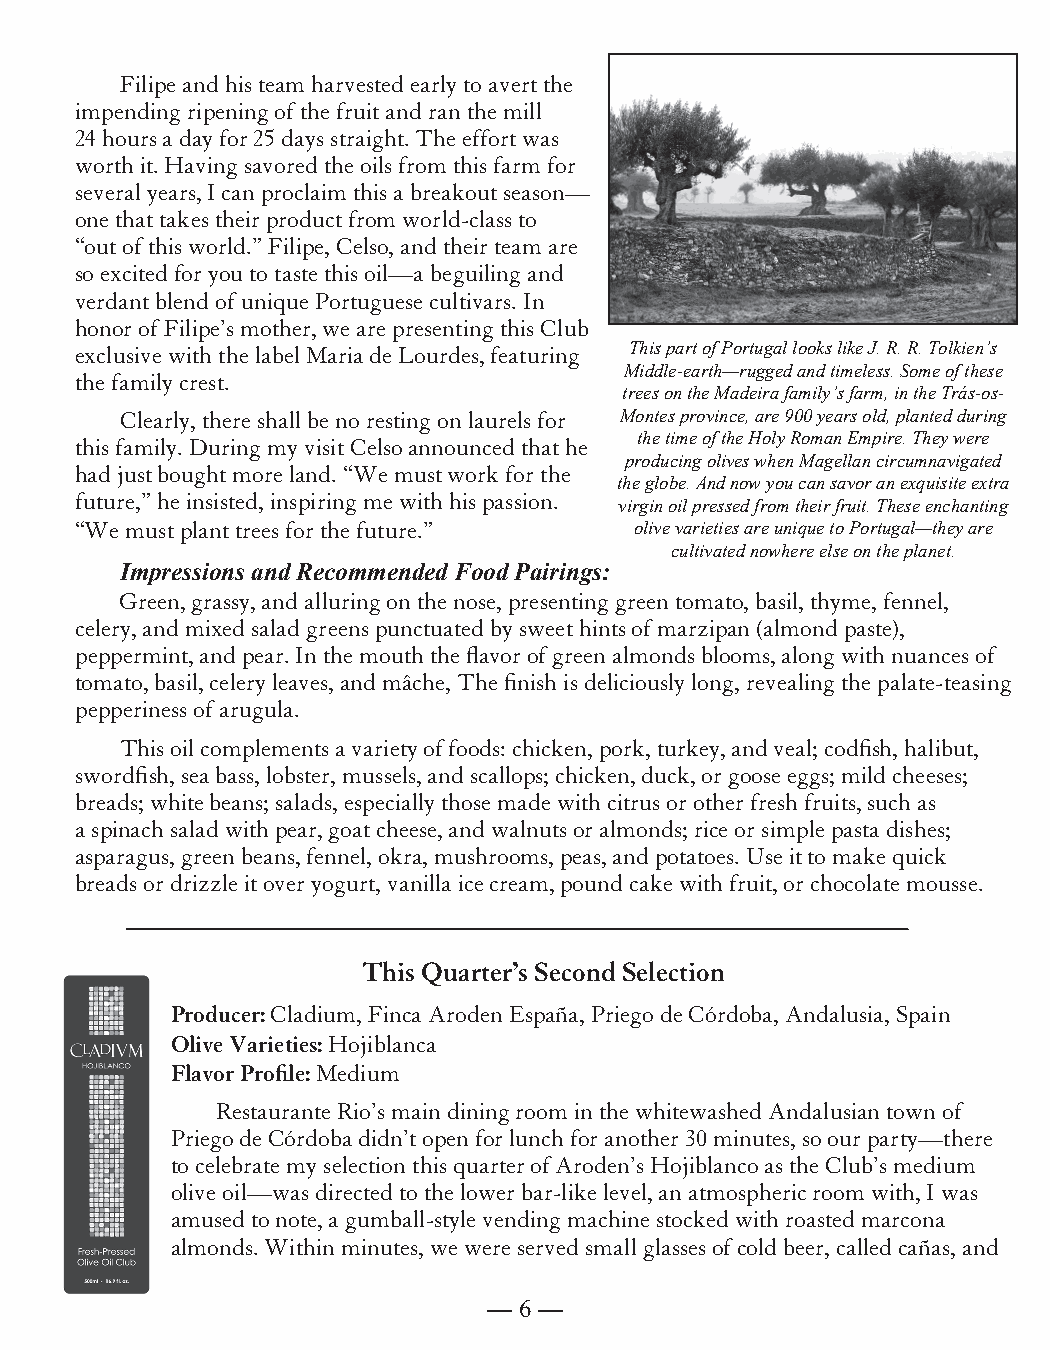
Filipe and his team harvested early to avert the
 impending ripening of the fruit and ran the mill
 24 hours a day for 25 days straight. The effort was
 worth it. Having savored the oils from this farm for
 several years, I can proclaim this a breakout season—
 one that takes their product from world-class to
 “out of this world.” Filipe, Celso, and their team are
 so excited for you to taste this oil—a beguiling and
 verdant blend of unique Portuguese cultivars. In
 honor of Filipe’s mother, we are presenting this Club
 exclusive with the label Maria de Lourdes, featuring This part of Portugal looks like J. R. R. Tolkien’s
 Middle-earth—rugged and timeless. Some of these
 the family crest.
 trees on the Madeira family’s farm, in the Trás-os-
 Clearly, there shall be no resting on laurels for Montes province, are 900 years old, planted during
 the time of the Holy Roman Empire. They were
 this family. During my visit Celso announced that he
 producing olives when Magellan circumnavigated
 had just bought more land. “We must work for the
 the globe. And now you can savor an exquisite extra
 future,” he insisted, inspiring me with his passion. virgin oil pressed from their fruit. These enchanting
 “We must plant trees for the future.” olive varieties are unique to Portugal—they are
 cultivated nowhere else on the planet.
 Impressions and Recommended Food Pairings:
 Green, grassy, and alluring on the nose, presenting green tomato, basil, thyme, fennel,
 celery, and mixed salad greens punctuated by sweet hints of marzipan (almond paste),
 peppermint, and pear. In the mouth the flavor of green almonds blooms, along with nuances of
 tomato, basil, celery leaves, and mâche, The finish is deliciously long, revealing the palate-teasing
 pepperiness of arugula.
 This oil complements a variety of foods: chicken, pork, turkey, and veal; codfish, halibut,
 swordfish, sea bass, lobster, mussels, and scallops; chicken, duck, or goose eggs; mild cheeses;
 breads; white beans; salads, especially those made with citrus or other fresh fruits, such as
 a spinach salad with pear, goat cheese, and walnuts or almonds; rice or simple pasta dishes;
 asparagus, green beans, fennel, okra, mushrooms, peas, and potatoes. Use it to make quick
 breads or drizzle it over yogurt, vanilla ice cream, pound cake with fruit, or chocolate mousse.
 This Quarter’s Second Selection
 Producer: Cladium, Finca Aroden España, Priego de Córdoba, Andalusia, Spain
 Olive Varieties: Hojiblanca
 Flavor Profile: Medium
 Restaurante Rio’s main dining room in the whitewashed Andalusian town of
 Priego de Córdoba didn’t open for lunch for another 30 minutes, so our party—there
 to celebrate my selection this quarter of Aroden’s Hojiblanco as the Club’s medium
 olive oil—was directed to the lower bar-like level, an atmospheric room with, I was
 amused to note, a gumball-style vending machine stocked with roasted marcona
 almonds. Within minutes, we were served small glasses of cold beer, called cañas, and
 — 6 —